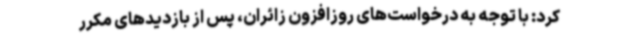
کرد: با توجه به درخواست‌های روزافزون زائران، پس از بازدیدهای مکرر